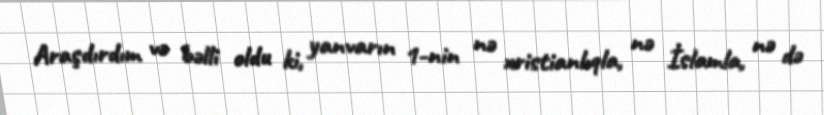
Araşdırdım və bəlli oldu ki, yanvarın 1-nin nə xristianlıqla, nə İslamla, nə də